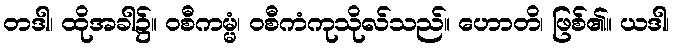
တဒါ၊ ထိုအခါ၌။ ဝစီကမ္မံ၊ ဝစီကံကုသိုလ်သည်။ ဟောတိ၊ ဖြစ်၏။ ယဒါ၊